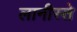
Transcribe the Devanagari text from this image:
लानीस्ते